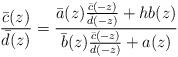
LaTeX: \begin{align*}\frac{\bar c(z)}{\bar d(z)}=\frac{\bar a(z)\frac{\bar c(-z)}{\bar d(-z)}+hb(z)}{\bar b(z)\frac{\bar c(-z)}{\bar d(-z)}+a(z)}\end{align*}